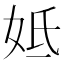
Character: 𡛜